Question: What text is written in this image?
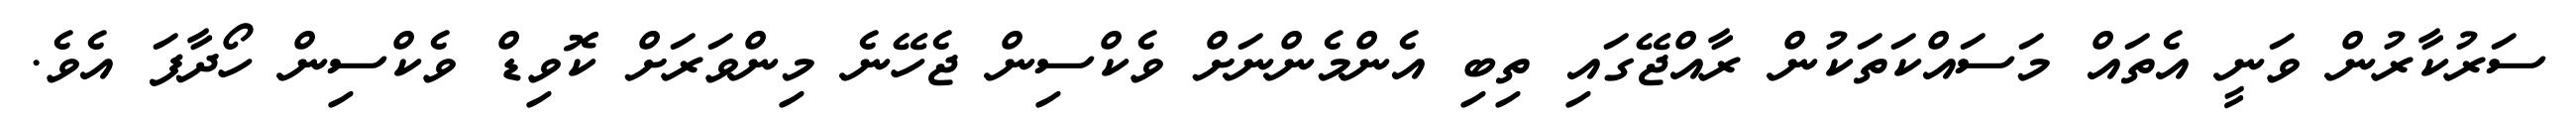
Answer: ސަރުކާރުން ވަނީ އެތައް މަސައްކަތަކުން ރާއްޖޭގައި ތިބި އެންމެންނަށް ވެކްސިން ޖެހޭނެ މިންވަރަށް ކޮވިޑް ވެކްސިން ހޯދާފަ އެވެ.